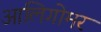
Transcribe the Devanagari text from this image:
आलिगोमर